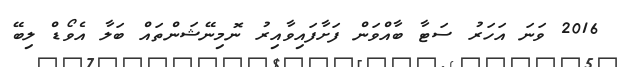
2016 ވަނަ އަހަރު ސަޓާ ބާއްވަން ފަށާފައިވާއިރު ނޮމިނޭޝަންތައް ބަލާ އެވޯޑް ލިބޭ